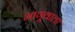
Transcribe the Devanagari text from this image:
भागूवाला